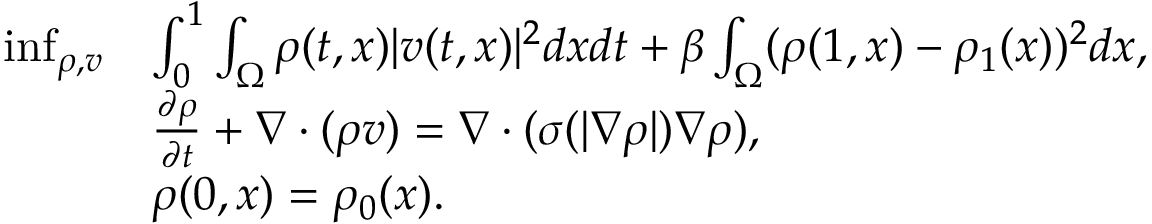
\begin{array} { r l } { \operatorname* { i n f } _ { \rho , v } } & { \int _ { 0 } ^ { 1 } \int _ { \Omega } \rho ( t , x ) | v ( t , x ) | ^ { 2 } d x d t + \beta \int _ { \Omega } ( \rho ( 1 , x ) - \rho _ { 1 } ( x ) ) ^ { 2 } d x , } \\ & { \frac { \partial \rho } { \partial t } + \nabla \cdot ( \rho v ) = \nabla \cdot ( \sigma ( | \nabla \rho | ) \nabla \rho ) , } \\ & { \rho ( 0 , x ) = \rho _ { 0 } ( x ) . } \end{array}